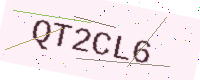
Text: QT2CL6